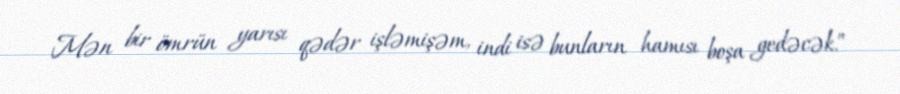
Mən bir ömrün yarısı qədər işləmişəm, indi isə bunların hamısı boşa gedəcək.”